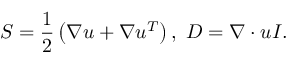
\boldsymbol { S } = \frac { 1 } { 2 } \left( \nabla \boldsymbol { u } + \nabla \boldsymbol { u } ^ { T } \right) , ~ \boldsymbol { D } = \nabla \cdot \boldsymbol { u } \boldsymbol { I } .